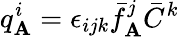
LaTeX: q_{\mathbf{A}}^{i}=\epsilon_{ijk}\bar{{f}}_{\mathbf{A}}^{j}\bar{{C}}^{k}